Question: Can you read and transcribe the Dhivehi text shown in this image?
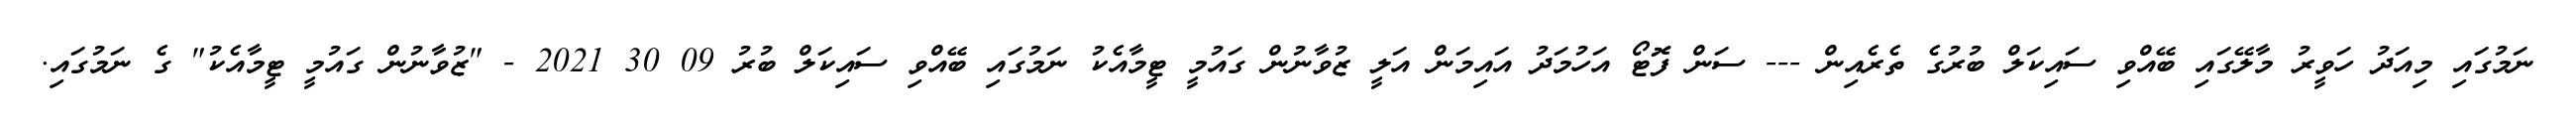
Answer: ނަމުގައި މިއަދު ހަވީރު މާލޭގައި ބޭއްވި ސައިކަލް ބުރުގެ ތެރެއިން --- ސަން ފޮޓޯ އަހުމަދު އައިމަން އަލީ ޒުވާނުން ގައުމީ ޓީމާއެކު ނަމުގައި ބޭއްވި ސައިކަލް ބުރު 09 30 2021 - "ޒުވާނުން ގައުމީ ޓީމާއެކު" ގެ ނަމުގައި.